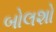
બોલશો